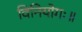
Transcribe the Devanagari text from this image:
विनियोगः॥